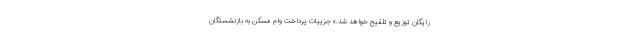
رایگان توزیع و تلقیح خواهد شد.» جزییات پرداخت وام مسکن به بازنشستگان